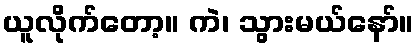
ယူလိုက်တော့။ ကဲ၊ သွားမယ်နော်။